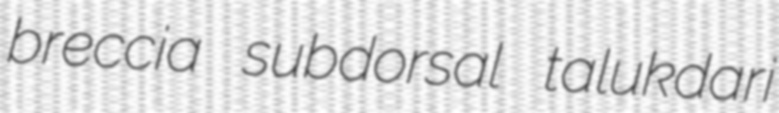
breccia subdorsal talukdari